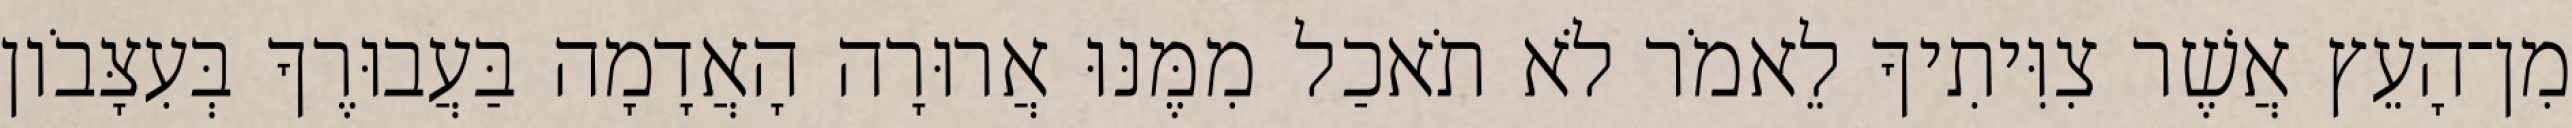
מִן־הָעֵץ אֲשֶׁר צִוִּיתִיךָ לֵאמֹר לֹא תֹאכַל מִמֶּנּוּ אֲרוּרָה הָאֲדָמָה בַּעֲבוּרֶךָ בְּעִצָּבֹון